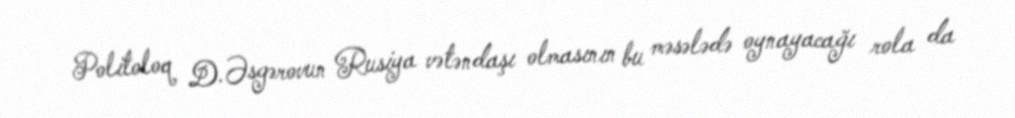
Politoloq D.Əsgərovun Rusiya vətəndaşı olmasının bu məsələdə oynayacağı rola da